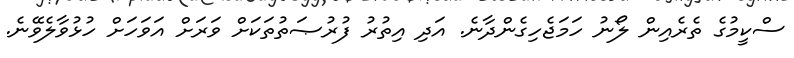
ސްކީމުގެ ތެރެއިން ލޯނު ހަމަޖެހިގެންދާނެ. އަދި އިތުރު ފުރުޞަތުތަކަށް ވަރަށް އަވަހަށް ހުޅުވާލެވޭނެ.